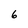
Character: 6